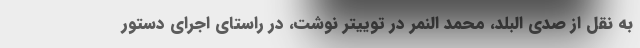
به نقل از صدی البلد، محمد النمر در توییتر نوشت، در راستای اجرای دستور